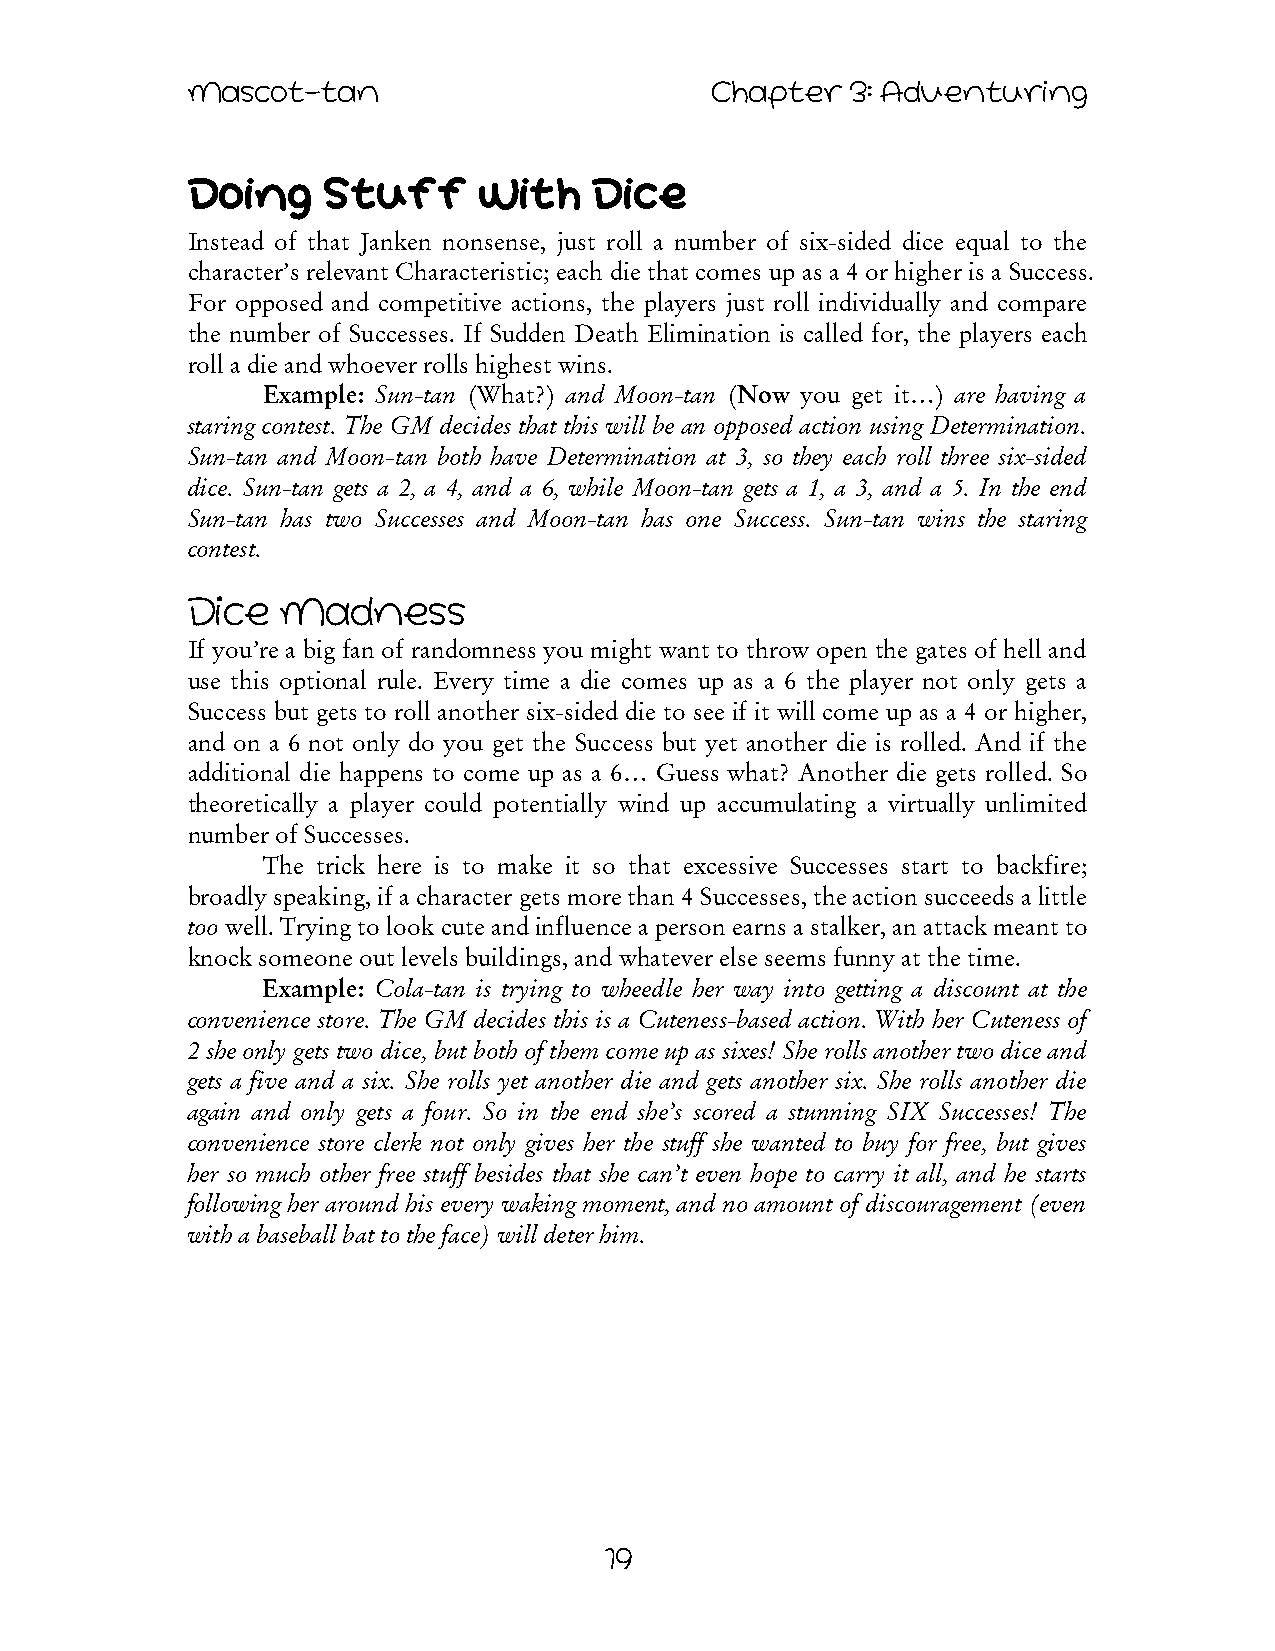
Mascot-tan                         Chapter  3: Adventuring
 Doing    Stuff      With   Dice
 Instead of that Janken nonsense, just roll a number of six-sided dice equal to the
 character’s relevant Characteristic; each die that comes up as a 4 or higher is a Success.
 For opposed and competitive actions, the players just roll individually and compare
 the number of Successes. If Sudden Death Elimination is called for, the players each
 roll a die and whoever rolls highest wins.
 Example: Sun-tan (What?) and Moon-tan (Now you get it…) are having a
 staring contest. The GM decides that this will be an opposed action using Determination.
 Sun-tan and Moon-tan both have Determination at 3, so they each roll three six-sided
 dice. Sun-tan gets a 2, a 4, and a 6, while Moon-tan gets a 1, a 3, and a 5. In the end
 Sun-tan has two Successes and Moon-tan has one Success. Sun-tan wins the staring
 contest.
 Dice   Madness
 If you’re a big fan of randomness you might want to throw open the gates of hell and
 use this optional rule. Every time a die comes up as a 6 the player not only gets a
 Success but gets to roll another six-sided die to see if it will come up as a 4 or higher,
 and on a 6 not only do you get the Success but yet another die is rolled. And if the
 additional die happens to come up as a 6… Guess what? Another die gets rolled. So
 theoretically a player could potentially wind up accumulating a virtually unlimited
 number of Successes.
 The trick here is to make it so that excessive Successes start to backfire;
 broadly speaking, if a character gets more than 4 Successes, the action succeeds a little
 too well. Trying to look cute and influence a person earns a stalker, an attack meant to
 knock someone out levels buildings, and whatever else seems funny at the time.
 Example: Cola-tan is trying to wheedle her way into getting a discount at the
 convenience store. The GM decides this is a Cuteness-based action. With her Cuteness of
 2 she only gets two dice, but both of them come up as sixes! She rolls another two dice and
 gets a five and a six. She rolls yet another die and gets another six. She rolls another die
 again and only gets a four. So in the end she’s scored a stunning SIX Successes! The
 convenience store clerk not only gives her the stuff she wanted to buy for free, but gives
 her so much other free stuff besides that she can’t even hope to carry it all, and he starts
 following her around his every waking moment, and no amount of discouragement (even
 with a baseball bat to the face) will deter him.
 19